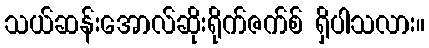
သယ်ဆန်းအောလ်ဆိုးရိုက်ဇက်စ် ရှိပါသလား။